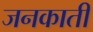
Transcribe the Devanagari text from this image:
जनकाती